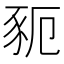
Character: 䝈